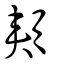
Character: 頰